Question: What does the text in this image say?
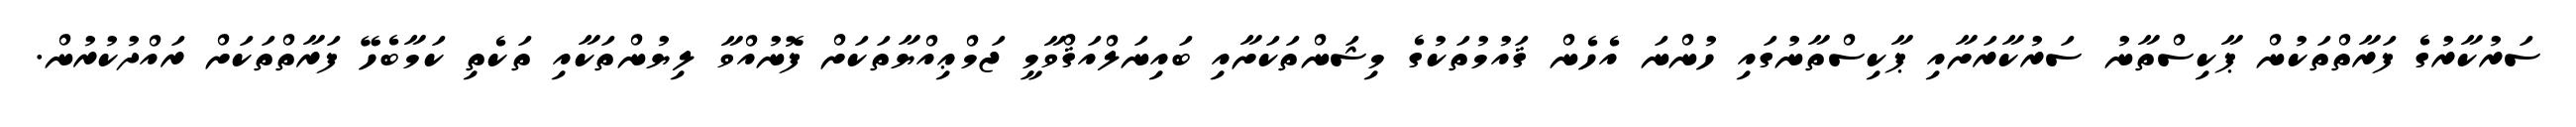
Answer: ސަރުކާރުގެ ފަރާތްތަކުން ޕާކިސްތާނު ސަރުކާރަށާއި ޕާކިސްތާނުގައި ހުންނަ އެހެން ޤައުމުތަކުގެ މިޝަންތަކަށާއި ބައިނަލްއަޤްވާމީ ޖަމްޢިއްޔާތަކަށް ފޮނުއްވާ ލިޔުންތަކާއި ތަކެތި ކަމާބެހޭ ފަރާތްތަކަށް ރައްދުކުރުން.